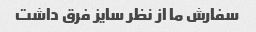
سفارش ما از نظر سایز فرق داشت